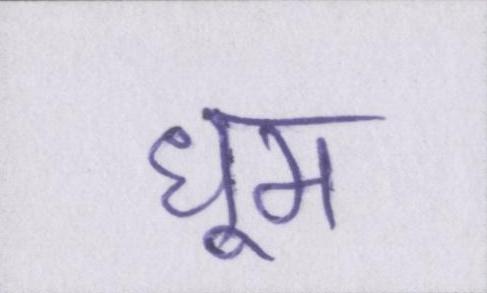
धूम